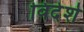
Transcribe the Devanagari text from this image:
विदेशे